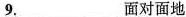
9.___面对面地